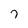
Character: 7